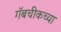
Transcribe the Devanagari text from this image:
गॅबचीकच्या